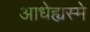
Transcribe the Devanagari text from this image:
आधेह्यस्मे